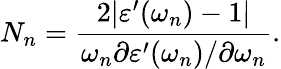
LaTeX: N_{n}=\frac{2|\varepsilon^{\prime}(\omega_{n})-1|}{\omega_{n}\partial\varepsilon^{\prime}(\omega_{n})/\partial\omega_{n}}.